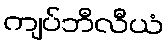
ကျပ်ဘီလီယံ